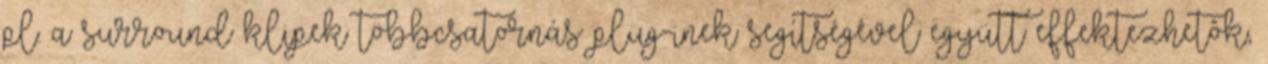
pl. a surround klipek többcsatornás plug-inek segítségével együtt effektezhetôk,